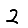
Digit: 2